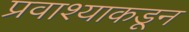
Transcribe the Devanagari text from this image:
प्रवाश्याकडून